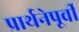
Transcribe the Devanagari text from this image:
प्रार्थनेपूर्वी